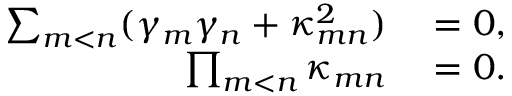
\begin{array} { r l } { \sum _ { m < n } ( \gamma _ { m } \gamma _ { n } + \kappa _ { m n } ^ { 2 } ) } & { { } = 0 , } \\ { \prod _ { m < n } \kappa _ { m n } } & { { } = 0 . } \end{array}